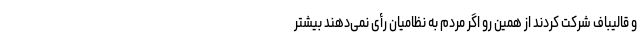
و قالیباف شرکت کردند از همین رو اگر مردم به نظامیان رأی نمی‌دهند بیشتر